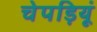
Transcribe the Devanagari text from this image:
चेपड़ियूं